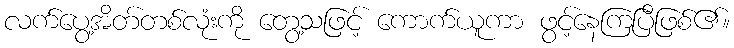
လက်ပွေ့အိတ်တစ်လုံးကို တွေ့သဖြင့် ကောက်ယူကာ ဖွင့်နေကြပြီဖြစ်၏။